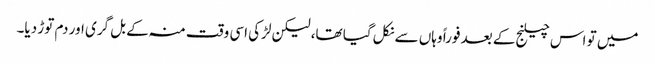
میں تو اس چیلنج کے بعد فوراً وہاں سے نکل گیا تھا، لیکن لڑکی اسی وقت منہ کے بل گری اور دم توڑ دیا۔